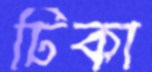
ঢিকা